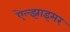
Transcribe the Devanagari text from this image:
ऐल्झाइमर